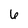
Character: 6